Annual report on the Civil Veterinary Department, Burma (including the Insein Veterinary School) - 1910-1922
Year: 1910
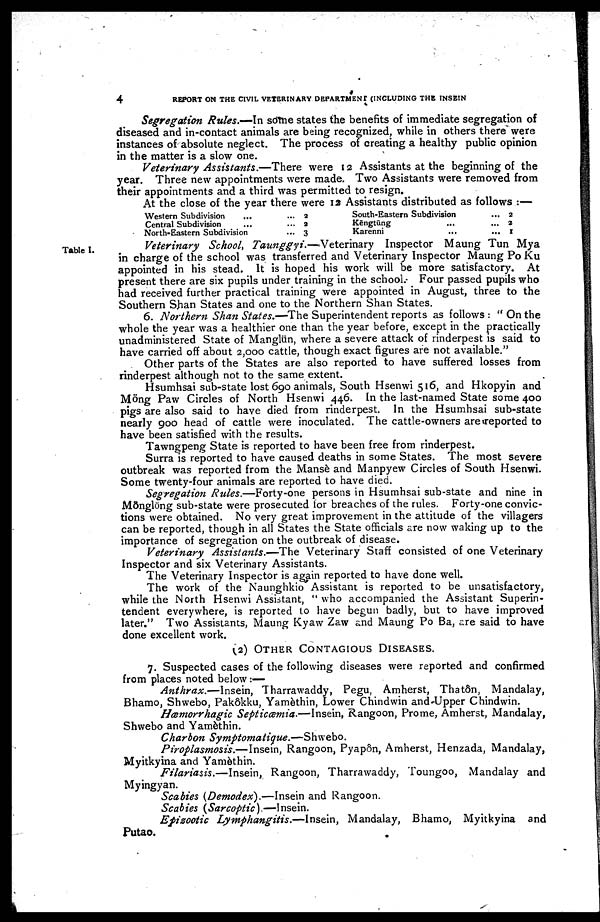
4
REPORT ON THE CIVIL VETERINARY DEPARTMENT (INCLUDING THE INSEIN
Segregation Rules.—In some states the benefits of immediate segregation of
diseased and in-contact animals are being recognized, while in others there were
instances of absolute neglect. The process of creating a healthy public opinion
in the matter is a slow one.
Veterinary Assistants.—There were 12 Assistants at the beginning of the
year. Three new appointments were made. Two Assistants were removed from
their appointments and a third was permitted to resign.
At the close of the year there were 12 Assistants distributed as follows:—
Western Subdivision ... ...
Central Subdivision ... ...
North-Eastern Subdivision ...
2
3
3
South-Eastern Subdivision ...
Kēngtūng ... ...
Karenni ... ...
2
3
1
Table I.
Veterinary School, Taunggyi.—Veterinary
Inspector Maung Tun Mya
in charge of the school was transferred and Veterinary Inspector Maung Po Ku
appointed in his stead. It is hoped his work will be more satisfactory. At
present there are six pupils under training in the school. Four passed pupils who
had received further practical training were appointed in August, three to the
Southern Shan States and one to the Northern Shan States.
6. Northern Shan States.—The Superintendent reports as follows: "On the
whole the year was a healthier one than the year before, except in the practically
unadministered State of Manglün, where a severe attack of rinderpest is said to
have carried off about 2,000 cattle, though exact figures are not available."
Other parts of the States are also reported to have suffered losses from
rinderpest although not to the same extent.
Hsumhsai sub-state lost 690 animals, South Hsenwi 516, and Hkopyin and
Möng Paw Circles of North Hsenwi 446. In the last-named State some 400
pigs are also said to have died from rinderpest. In the Hsumhsai sub-state
nearly 900 head of cattle were inoculated. The cattle-owners areueported to
have been satisfied with the results.
Tawngpeng State is reported to have been free from rinderpest.
Surra is reported to have caused deaths in some States. The most severe
outbreak was reported from the Mansè and Manpyew Circles of South Hsenwi.
Some twenty-four animals are reported to have died.
Segregation Rules.—Forty-one persons in Hsumhsai sub-state and nine in
Mönglöng sub-state were prosecuted lor breaches of the rules. Forty-one convic-
tions were obtained. No very great improvement in the attitude of the villagers
can be reported, though in all States the State officials are now waking up to the
importance of segregation on the outbreak of disease.
Veterinary Assistants.—The Veterinary Staff consisted of one Veterinary
Inspector and six Veterinary Assistants.
The Veterinary Inspector is again reported to have done well.
The work of the Naunghkio Assistant is reported to be unsatisfactory,
while the North Hsenwi Assistant, "who accompanied the Assistant Superin-
tendent everywhere, is reported to have begun badly, but to have improved
later." Two Assistants, Maung Kyaw Zaw and Maung Po Ba, are said to have
done excellent work.
(2) OTHER CONTAGIOUS DISEASES.
7. Suspected cases of the following diseases were reported and confirmed
from places noted below:—
Anthrax.—Insein, Tharrawaddy, Pegu, Amherst, Thatôn, Mandalay,
Bhamo, Shwebo, Pakôkku, Yamèthin, Lower Chindwin and Upper Chindwin.
Hæmorrhagic Septiæmia.—Insein, Rangoon, Prome, Amherst, Mandalay,
Shwebo and Yamèthin.
Charbon Symptomatique.—Shwebo.
Piroplasmosis.—Insein, Rangoon, Pyapôn, Amherst, Henzada, Mandalay,
Myitkyina and Yamèthin.
Filariasis.—Insein, Rangoon, Tharrawaddy, Toungoo, Mandalay and
Myingyan.
Scabies (Demodex).—Insein and Rangoon.
Scabies (Sarcoptic).—Insein.
Epizootic Lymphangitis.—Insein,
Mandalay, Bhamo, Myitkyina and
Putao.